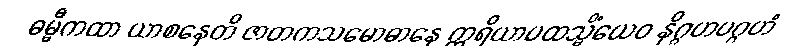
ဓမ္မီကထာ ယာစနေတိ ဇာတကသမောဓာနေ ဣရိယာပထသ္မိံယေဝ နိဂ္ဂဟပဂ္ဂဟံ